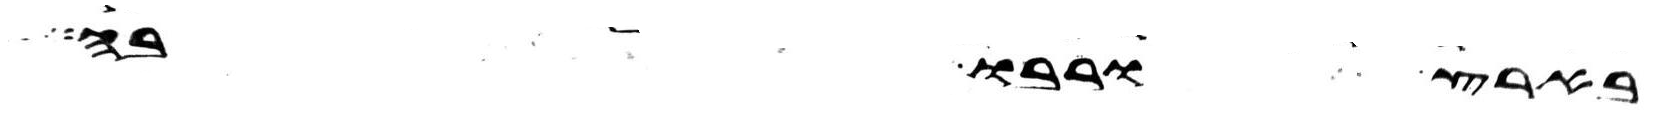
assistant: בארץ ורבו בה